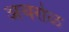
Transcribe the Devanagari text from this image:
अचरोळ